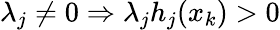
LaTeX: \lambda_{j}\neq 0\Rightarrow\lambda_{j}h_{j}(x_{k})>0